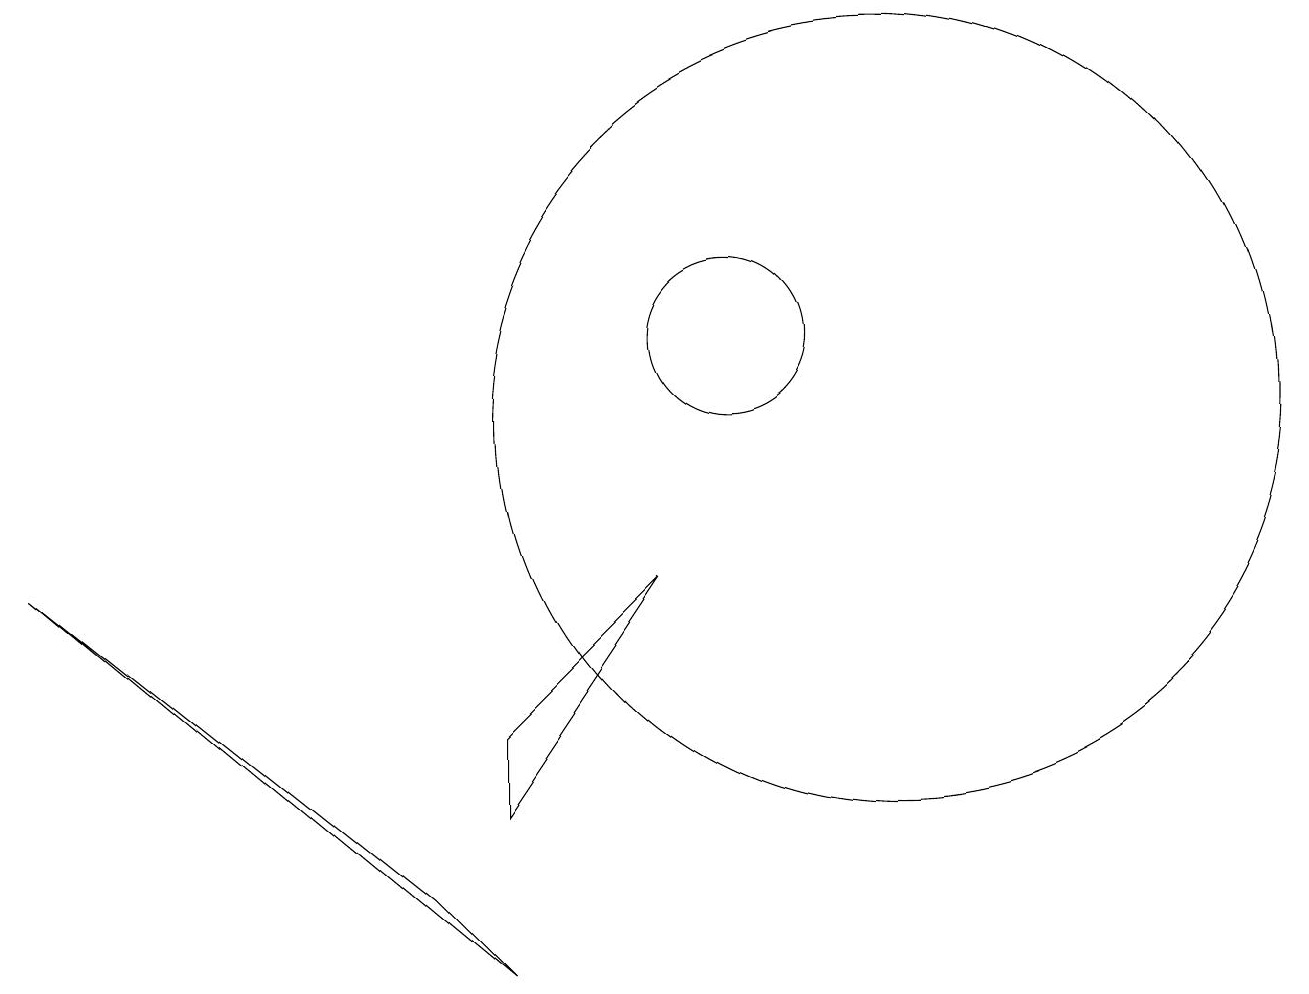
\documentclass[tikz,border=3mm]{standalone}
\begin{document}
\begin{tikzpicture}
\draw (10,11) circle (1);
\draw (12,11) circle (0);
\draw (7,5) -- (7,6) -- (9,8) -- cycle;
\draw (1,8) -- (7,3) -- (6,4) -- cycle;
\draw (12,10) circle (5);
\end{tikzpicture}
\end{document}